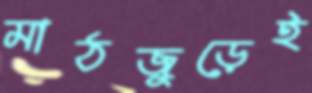
মাঠজুড়েই